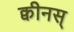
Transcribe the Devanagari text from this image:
क्वीनस्